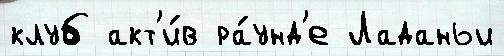
клуб акт'и́в ра́унд'е Ладаньи